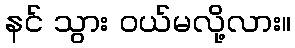
နင် သွား ဝယ်မလို့လား။